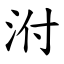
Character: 泭